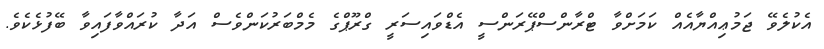
އެކުލެވޭ ޖަމުޢިއްޔާއެއް ކަމަށްވާ ޓްރާންސްޕޭރަންސީ އެޑްވައިސަރީ ގްރޫޕްގެ މެމްބަރުކަންވެސް އަދާ ކުރައްވާފައިވާ ބޭފުޅެކެވެ.